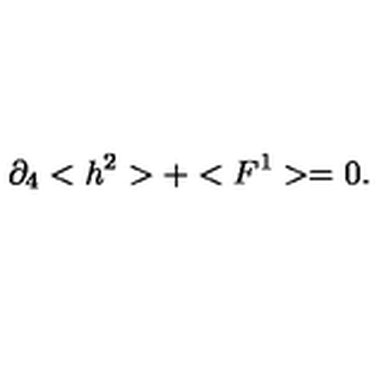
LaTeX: \partial _ { 4 } < h ^ { 2 } > + < F ^ { 1 } > = 0 .